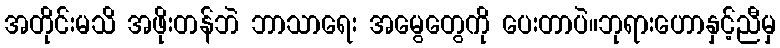
အတိုင်းမသိ အဖိုးတန်ဘဲ ဘာသာရေး အမွေတွေကို ပေးတာပဲ။ဘုရားဟောနှင့်ညီမှ